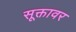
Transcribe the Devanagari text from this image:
सूक्तावर